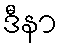
ဒီနာ